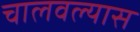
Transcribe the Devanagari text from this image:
चालवल्यास